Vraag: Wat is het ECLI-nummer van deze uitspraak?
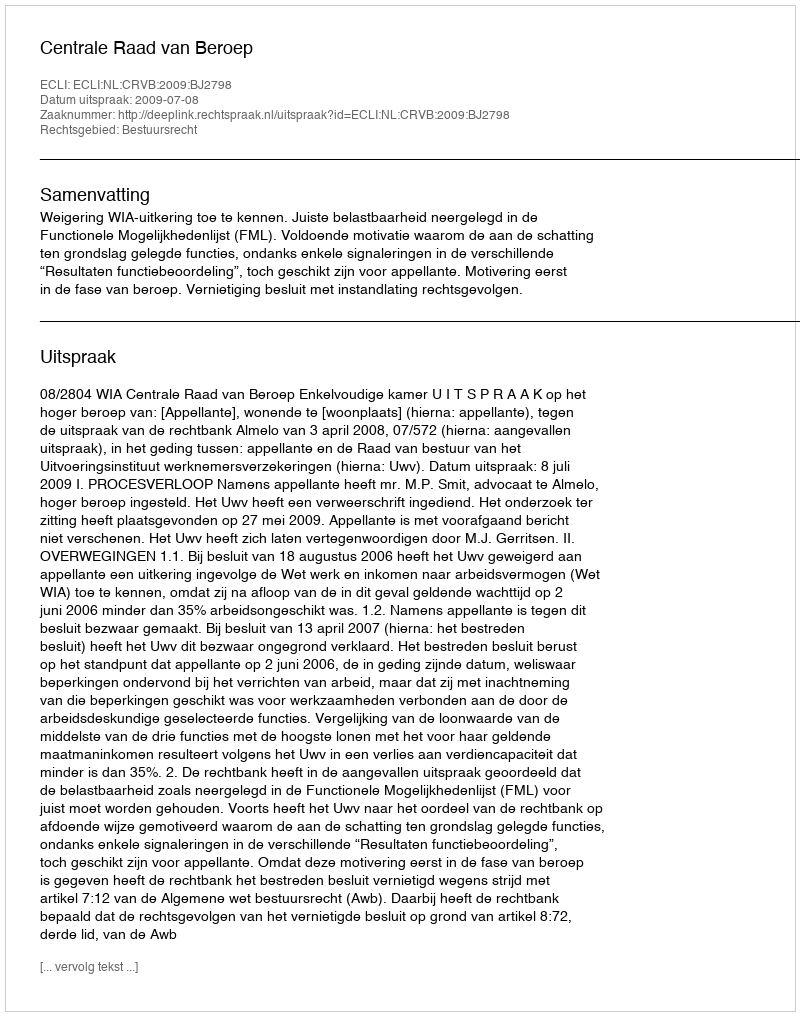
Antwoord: ECLI:NL:CRVB:2009:BJ2798